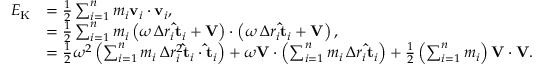
{ \begin{array} { r l } { E _ { \mathrm { K } } } & { = { \frac { 1 } { 2 } } \sum _ { i = 1 } ^ { n } m _ { i } \mathbf { v } _ { i } \cdot \mathbf { v } _ { i } , } \\ & { = { \frac { 1 } { 2 } } \sum _ { i = 1 } ^ { n } m _ { i } \left( \omega \, \Delta r _ { i } \mathbf { \hat { t } } _ { i } + \mathbf { V } \right) \cdot \left( \omega \, \Delta r _ { i } \mathbf { \hat { t } } _ { i } + \mathbf { V } \right) , } \\ & { = { \frac { 1 } { 2 } } \omega ^ { 2 } \left( \sum _ { i = 1 } ^ { n } m _ { i } \, \Delta r _ { i } ^ { 2 } \mathbf { \hat { t } } _ { i } \cdot \mathbf { \hat { t } } _ { i } \right) + \omega \mathbf { V } \cdot \left( \sum _ { i = 1 } ^ { n } m _ { i } \, \Delta r _ { i } \mathbf { \hat { t } } _ { i } \right) + { \frac { 1 } { 2 } } \left( \sum _ { i = 1 } ^ { n } m _ { i } \right) \mathbf { V } \cdot \mathbf { V } . } \end{array} }